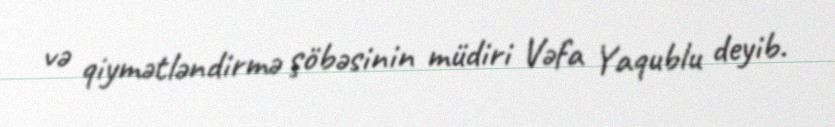
və qiymətləndirmə şöbəsinin müdiri Vəfa Yaqublu deyib.